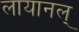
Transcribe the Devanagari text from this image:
लायानल्